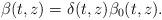
LaTeX: \begin{align*} \beta(t,z)=\delta(t,z)\beta_0(t,z).\end{align*}